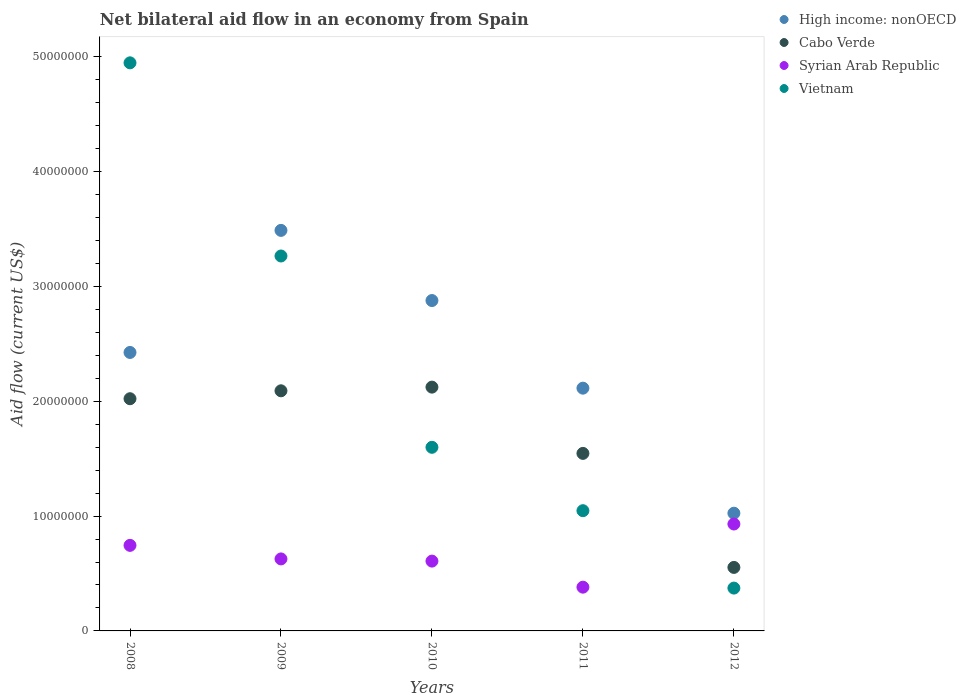
| Years | High income: nonOECD | Cabo Verde | Syrian Arab Republic | Vietnam |
 | --- | --- | --- | --- | --- |
 | 2008 | 2.42e+07 | 2.02e+07 | 7.45e+06 | 4.95e+07 |
 | 2009 | 3.49e+07 | 2.09e+07 | 6.27e+06 | 3.26e+07 |
 | 2010 | 2.88e+07 | 2.12e+07 | 6.08e+06 | 1.6e+07 |
 | 2011 | 2.11e+07 | 1.55e+07 | 3.81e+06 | 1.05e+07 |
 | 2012 | 1.02e+07 | 5.53e+06 | 9.31e+06 | 3.73e+06 |